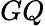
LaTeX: GQ